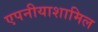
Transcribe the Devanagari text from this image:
एपनीयाशामिल